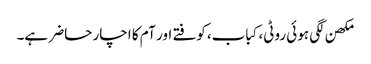
مکھن لگی ہوئی روٹی، کباب، کوفتے اور آم کا اچار حاضر ہے۔